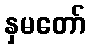
နှမတော်